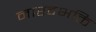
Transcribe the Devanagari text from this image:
नारदभक्ति